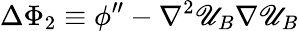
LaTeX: \Delta\Phi_{2}\equiv\phi^{\prime\prime}-\nabla^{2}\mathscr{U}_{B}\nabla\mathscr{U}_{B}